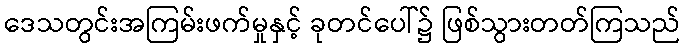
ဒေသတွင်းအကြမ်းဖက်မှုနှင့် ခုတင်ပေါ်၌ ဖြစ်သွားတတ်ကြသည်